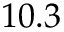
1 0 . 3